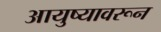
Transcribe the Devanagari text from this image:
आयुष्यावरून